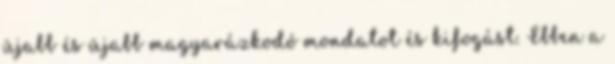
újabb és újabb magyarázkodó mondatot és kifogást. Ebben a